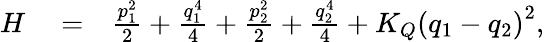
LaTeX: \begin{array}{rlr}{H}&{{}=}&{\frac{p_{1}^{2}}{2}+\frac{q_{1}^{4}}{4}+\frac{p_{2}^{2}}{2}+\frac{q_{2}^{4}}{4}+K_{Q}\left(q_{1}-q_{2}\right)^{2},}\end{array}